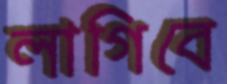
লাগিবে